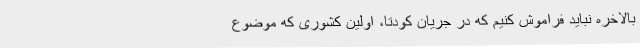
بالاخره نباید فراموش کنیم که در جریان کودتا، اولین کشوری که موضوع